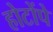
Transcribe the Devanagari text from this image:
होटोंपे